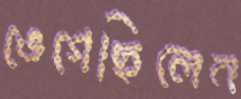
ভেগেছিলেন